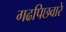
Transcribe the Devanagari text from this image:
गढपिछवारे